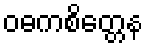
ဝဓကစိတ္တေန